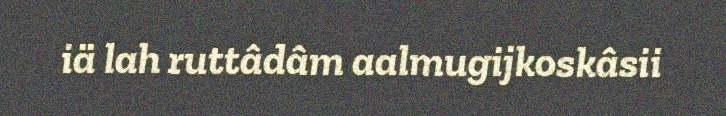
iä lah ruttâdâm aalmugijkoskâsii